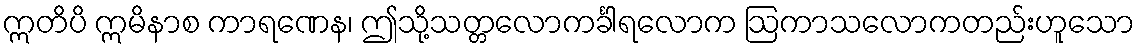
ဣတိပိ ဣမိနာစ ကာရဏေန၊ ဤသို့သတ္တလောကင်္ခါရလောက ဩကာသလောကတည်းဟူသော